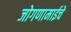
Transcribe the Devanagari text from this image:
जोगणामाईचे